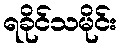
ရခိုင်သမိုင်း